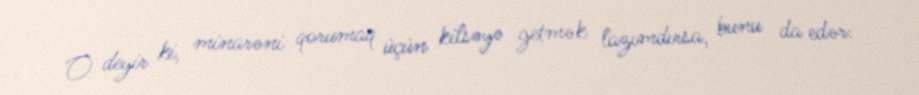
O deyir ki, minarəni qorumaq üçün kilsəyə getmək lazımdırsa, bunu da edər: